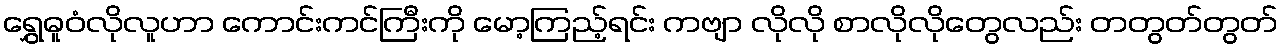
ရွှေဓူဝံလိုလူဟာ ကောင်းကင်ကြီးကို မော့ကြည့်ရင်း ကဗျာ လိုလို စာလိုလိုတွေလည်း တတွတ်တွတ်